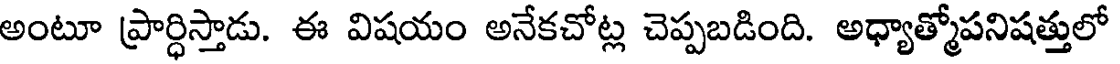
అంటూ ప్రార్ధిస్తాడు. ఈ విషయం అనేకచోట్ల చెప్పబడింది. అధ్యాత్మోపనిషత్తులో